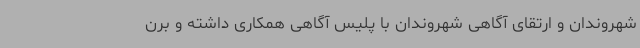
شهروندان و ارتقای آگاهی شهروندان با پلیس آگاهی همکاری داشته و برن